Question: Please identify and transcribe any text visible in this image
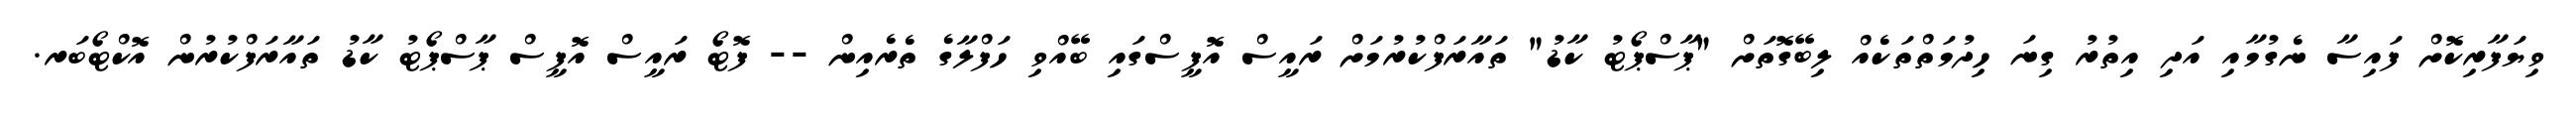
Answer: ވިޔަފާރިކޮށް ފައިސާ ނެގުމާއި އަދި އިތުރު ގިނަ ހިދުމަތްތަކެއް ލިބޭގޮތަށް "ޕާސްޕޯޓު ކާޑު" ތައާރަފްކުރުމަށް ރައީސް އޮފީސްގައި ބޭއްވި ހަފްލާގެ ތެރެއިން -- ފޮޓޯ ރައީސް އޮފީސް ޕާސްޕޯޓު ކާޑު ތައާރަފްކުރުން އޮކްޓޯބަރ.